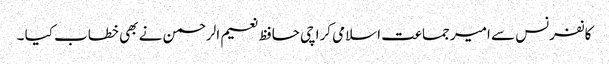
کانفرنس سے امیر جماعت اسلامی کراچی حافظ نعیم الرحمن نے بھی خطاب کیا ۔